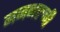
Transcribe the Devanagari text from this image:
मनभरुनी